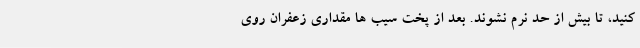
کنید، تا بیش از حد نرم نشوند. بعد از پخت سیب ها مقداری زعفران روی